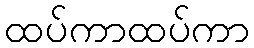
ထပ်ကာထပ်ကာ